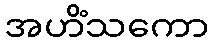
အဟိံသကော